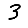
Digit: 3